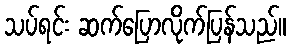
သပ်ရင်း ဆက်ပြောလိုက်ပြန်သည်။